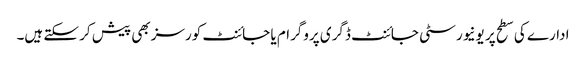
ادارے کی سطح پر یونیورسٹی جائنٹ ڈگری پروگرام یا جائنٹ کورسز بھی پیش کر سکتے ہیں۔